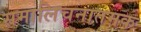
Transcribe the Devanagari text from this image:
समालिचनातमक